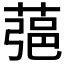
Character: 𦶁